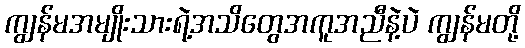
ကျွန်မအမျိုးသားရဲ့အသိတွေအကူအညီနဲ့ပဲ ကျွန်မတို့